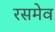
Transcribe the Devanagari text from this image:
रसमेव